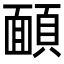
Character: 𩔁